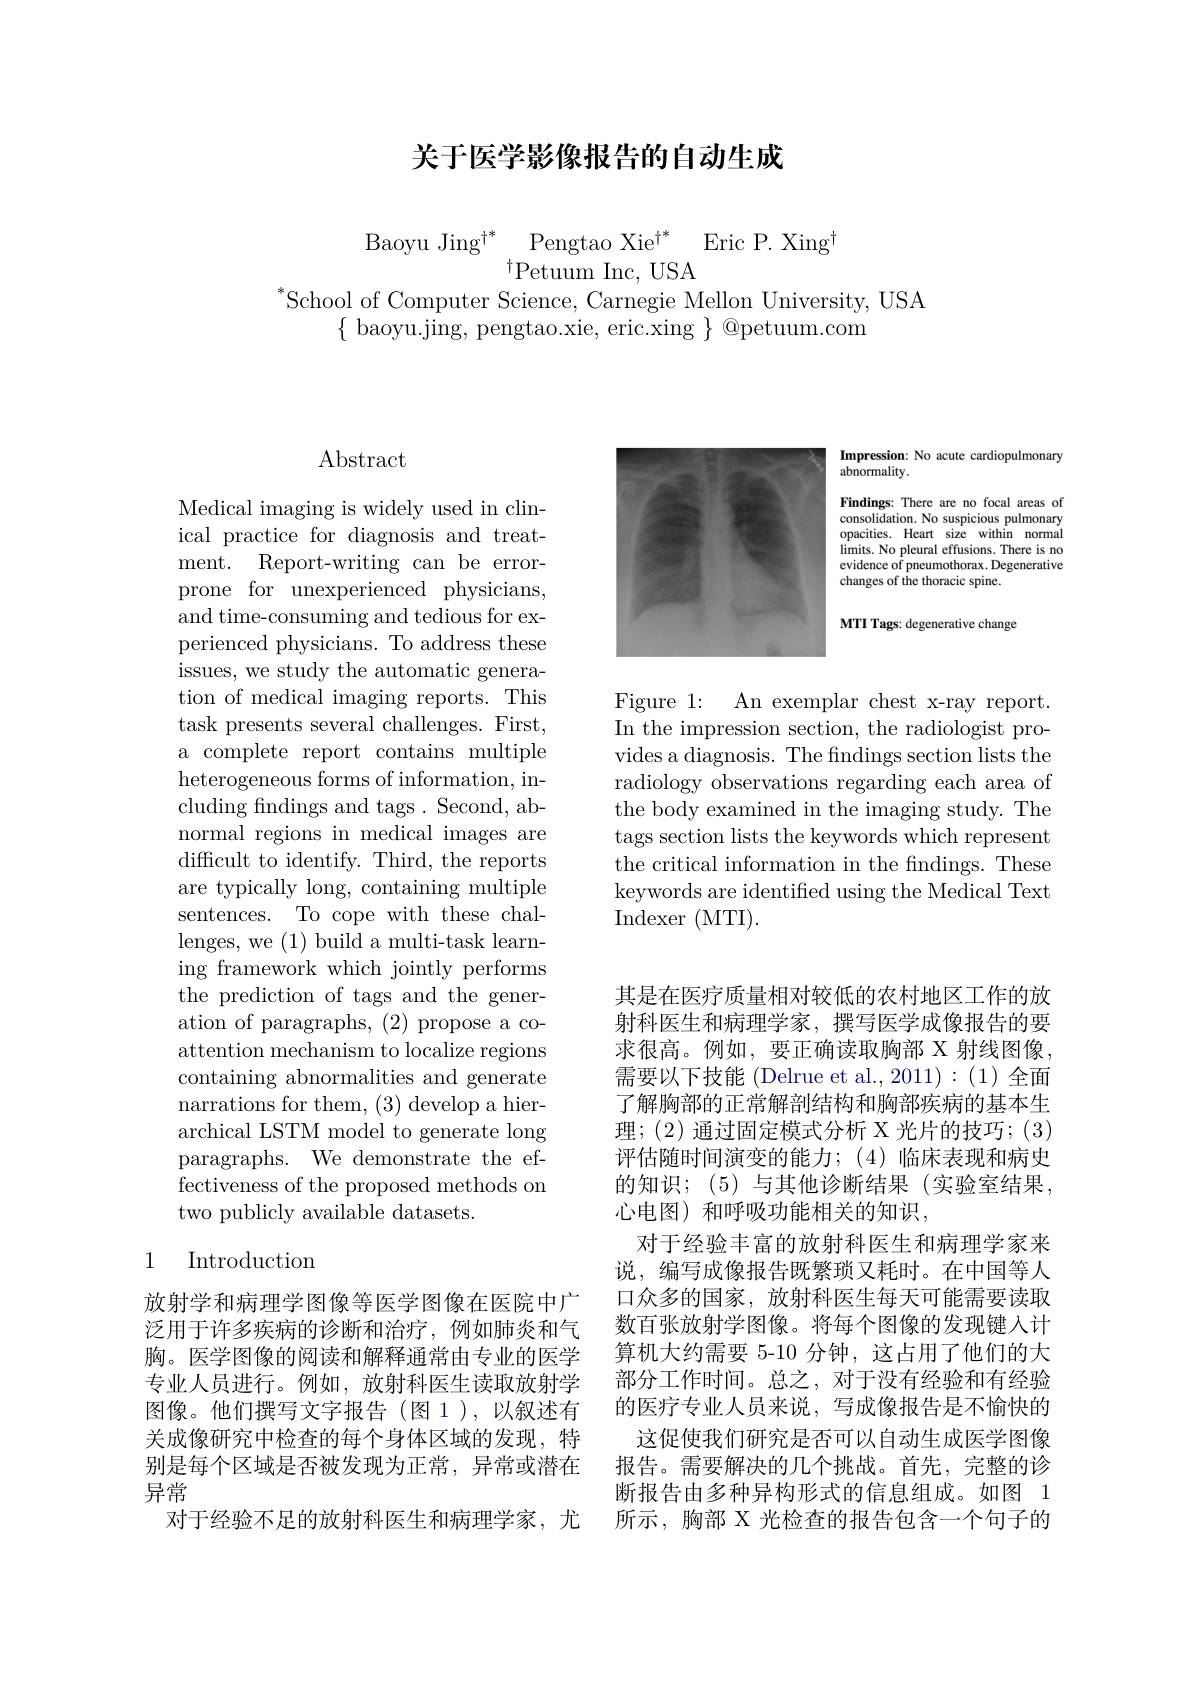
## 关于医学影像报告的自动生成

$\begin{array}{c}{\mathrm{Baoyu~Jing}^{\dagger*}}&{\mathrm{Pengtao~Xie}^{\dagger*}}&{\mathrm{Eric~P.~Xing}^{\dagger}}\\{{\mathrm{Petuum~Inc,~USA}}}\end{array}$

$^{*}$School of Computer Science, Carnegie Mellon University, USA
$\{$ baoyu.jing, pengtao.xie, eric.xing $\}$ @petuum.com

## $\operatorname{Abstract}$

Medical imaging is widely used in clinical practice for diagnosis and treatment. Report-writing can be errorprone for unexperienced physicians, and time-consuming and tedious for experienced physicians. To address these issues, we study the automatic generation of medical imaging reports. This task presents several challenges. First, a complete report contains multiple heterogeneous forms of information, including fndings and tags. Second, abnormal regions in medical images are difficult to identify. Third, the reports are typically long, containing multiple sentences. To cope with these challenges, we (1) build a multi-task learning framework which jointly performs the prediction of tags and the generation of paragraphs, (2) propose a coattention mechanism to localize regions containing abnormalities and generate narrations for them, (3) develop a hierarchical LSTM model to generate long paragraphs. We demonstrate the effectiveness of the proposed methods on two publicly available datasets.

### 1 Introduction

放射学和病理学图像等医学图像在医院中广泛用于许多疾病的诊断和治疗，例如肺炎和气胸。医学图像的阅读和解释通常由专业的医学专业人员进行。例如，放射科医生读取放射学图像。他们撰写文字报告(图1),以叙述有关成像研究中检查的每个身体区域的发现，特别是每个区域是否被发现为正常，异常或潜在异常
对于经验不足的放射科医生和病理学家，尤

Impression: No acute cardiopulmonary
abnormality.
Findings: There are no focal areas of consolidation. No suspicious pulmonary opacities. Heart size within normal limits. No pleural effusions. There is no evidence of pneumothorax. Degenerative changes of the thoracic spine. MTI Tags: degenerative change

<FigureHere>

Figure 1: An exemplar chest x-ray report. In the impression section, the radiologist provides a diagnosis. The findings section lists the radiology observations regarding each area of the body examined in the imaging study. The tags section lists the keywords which represent the critical information in the fndings. These keywords are identified using the Medical Text Indexer (MTI).

其是在医疗质量相对较低的农村地区工作的放射科医生和病理学家，撰写医学成像报告的要求很高。例如，要正确读取胸部 X 射线图像， 需要以下技能 (Delrue et al.,2011):(1)全面了解胸部的正常解剖结构和胸部疾病的基本生理；(2)通过固定模式分析 X 光片的技巧；(3) 评估随时间演变的能力；(4)临床表现和病史的知识；(5)与其他诊断结果(实验室结果， 心电图)和呼吸功能相关的知识，
对于经验丰富的放射科医生和病理学家来说，编写成像报告既繁琐又耗时。在中国等人口众多的国家，放射科医生每天可能需要读取数百张放射学图像。将每个图像的发现键入计算机大约需要 5-10 分钟，这占用了他们的大部分工作时间。总之，对于没有经验和有经验的医疗专业人员来说，写成像报告是不愉快的
这促使我们研究是否可以自动生成医学图像报告。需要解决的几个挑战。首先，完整的诊断报告由多种异构形式的信息组成。如图 1所示，胸部 X 光检查的报告包含一个句子的